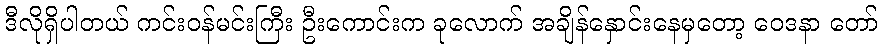
ဒီလိုရှိပါတယ် ကင်းဝန်မင်းကြီး ဦးကောင်းက ခုလောက် အချိန်နှောင်းနေမှတော့ ဝေဒနာ တော်